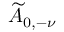
\widetilde { A } _ { 0 , - \nu }